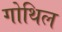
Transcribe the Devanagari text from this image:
गोथिल